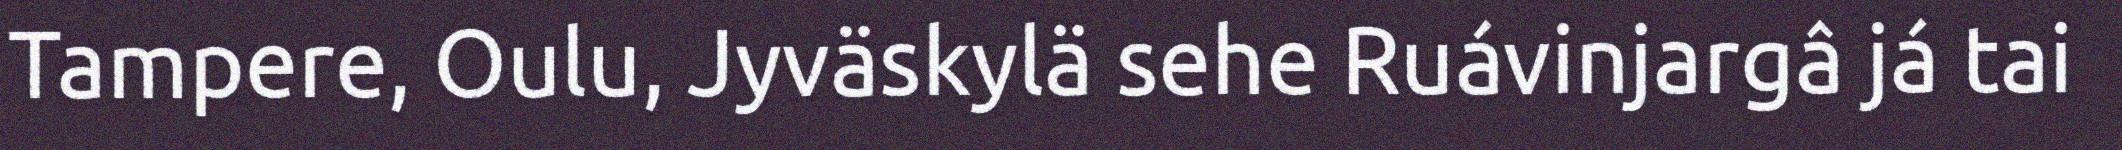
Tampere, Oulu, Jyväskylä sehe Ruávinjargâ já tai